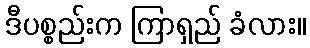
ဒီပစ္စည်းက ကြာရှည် ခံလား။